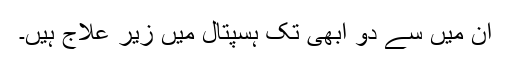
ان میں سے دو ابھی تک ہسپتال میں زیر علاج ہیں۔